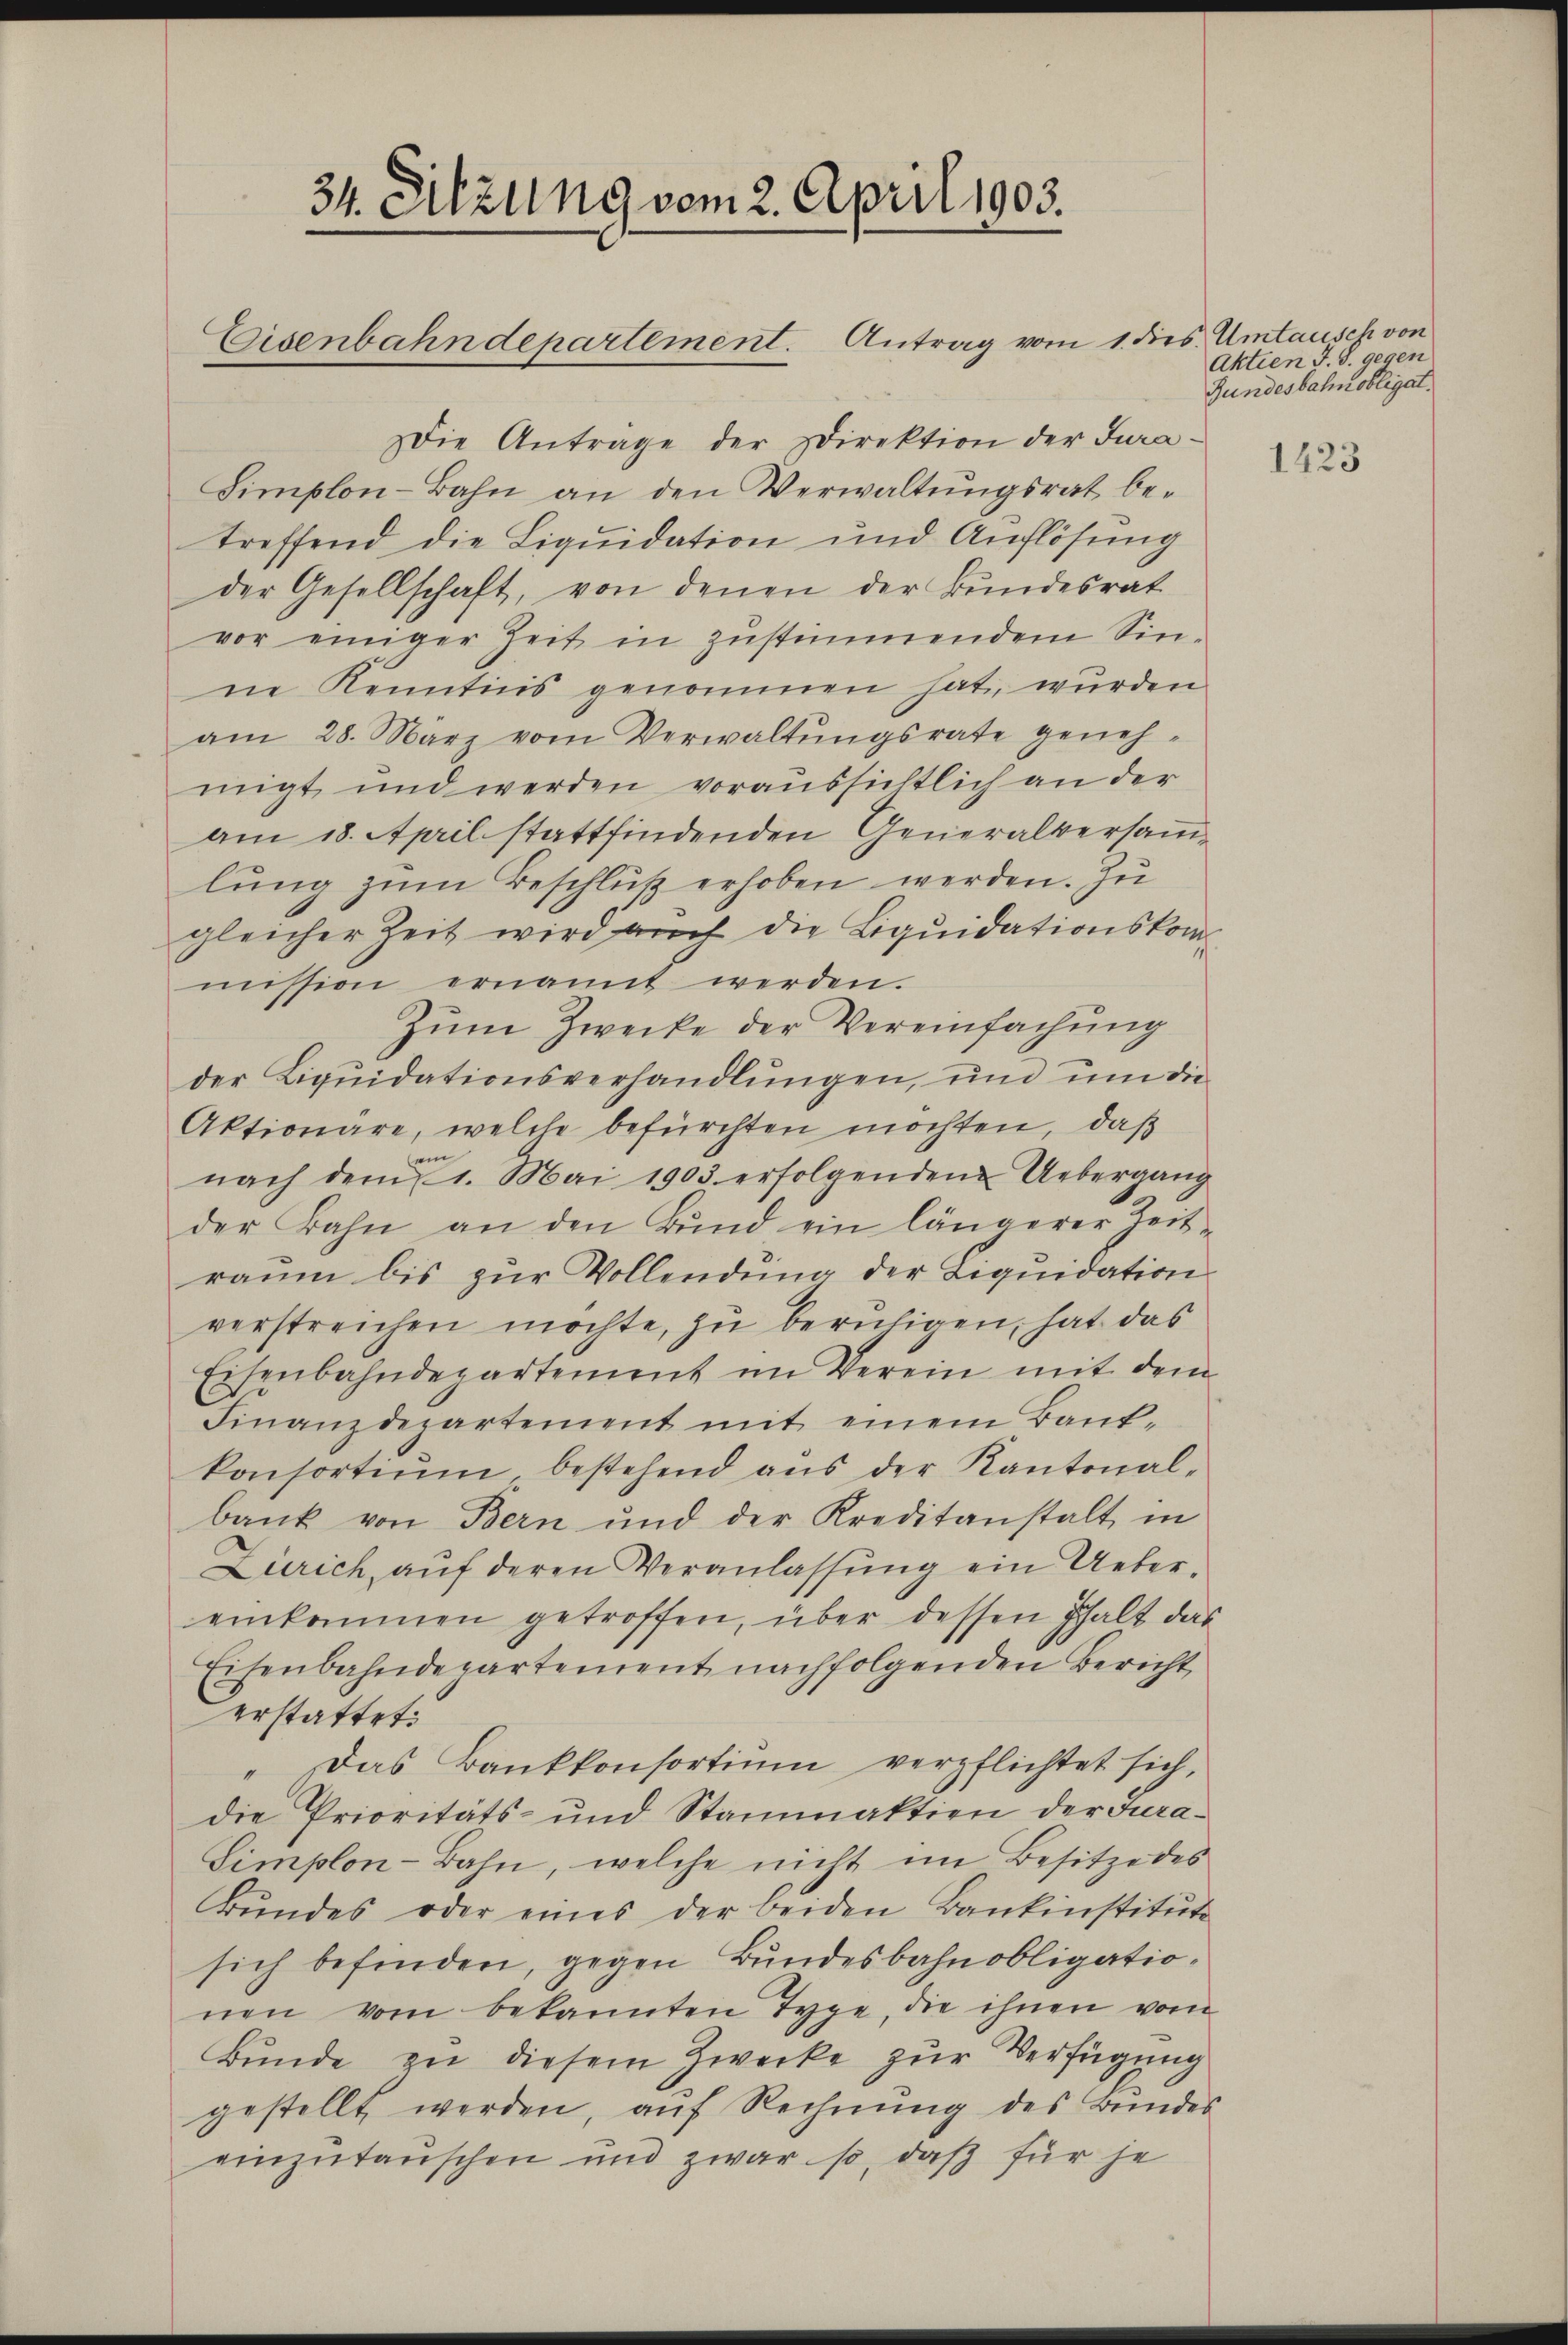
34. Ditzung vom 2. April 1903.

Eisenbahndepartement. Antrag vom 1. dies Umtausch von
Die Anträge der Direktion der Jura¬
Simplon-Bahn an den Verwaltungsrat be-
treffend die Liquidation und Auflösung
der Gesellschaft, von denen der Bundesrat
vor einiger Zeit in zustimmendem Sin-
ne Kenntnis genommen hat, wurden
am 28. März vom Verwaltŭngsrate geneh-
migt und werden voraussichtlich an der
am 18. April stattfindenden Generalversamlung zŭm Beschluß erhoben werden. Zu
gleicher Zeit wird auch die Liquidationskommission ernannt werden.
Zum Zwecke der Vereinfachung
der Liquidationsverhandlungen, und um die
Aktionäre, welche befürchten möchten, daß
in
nach dem 1. Mai 1903 erfolgenden Uebergang
der Bahn an den Bŭnd ein längerer Zeit-
raŭm bis zŭr Vollendung der Liquidation
verstreichen möchte, zu beruhigen, hat das
Eisenbahndepartement im Verein mit dem
Finanzdepartement mit einem Bank-
konsortium bestehend aus der Kantonal-
bank von Bern und der Kreditanstalt in
Zürich, auf deren Veranlassung ein Uebereinkommen getroffen, über dessen halt das
Eisenbahndepartement nachfolgenden Bericht
erstattet.
Das Bankkonsortium verpflichtet sich,
die Prioritäts- und Stanaktion der Fra¬
Simplon-Bahn, welche nicht im Besitze des
Bŭndes oder eines der beiden Bankinstitute
sich befinden, gegen Bundesbahnobligationen vom bekannten Type, die ihnen vom
Bunde zu diesem Zwecke zur Verfügung
gestellt werden, auf Rechnung des Bundes
einzutauschen und zwar so, daß für je

Aktien J. J. gegen
Gundesbahnobligat.

1423